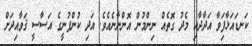
ކަނޑައަޅާފަިވާ އަދާދާއި މެދު ގޮތެއް ނިންމުން އޮންނާނެއެވެ. އަދި ކުންފުނީގެ އަސާސީ ޤަވާއިދަށް